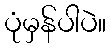
ပုံမှန်ပါပဲ။